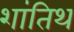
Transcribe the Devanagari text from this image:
शांतिथ